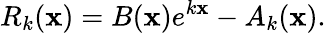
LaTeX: R_{k}(\mathbf{x})=B(\mathbf{x})e^{k\mathbf{x}}-A_{k}(\mathbf{x}).